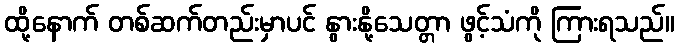
ထို့နောက် တစ်ဆက်တည်းမှာပင် နွားနို့သေတ္တာ ဖွင့်သံကို ကြားရသည်။